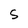
Character: S